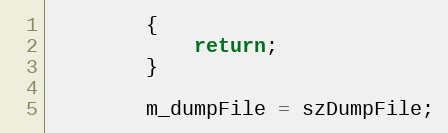
Language: C++
        {
            return;
        }

		m_dumpFile = szDumpFile;